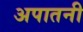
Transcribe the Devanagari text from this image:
अपातनी